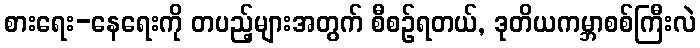
စားရေး-နေရေးကို တပည့်များအတွက် စီစဉ်ရတယ်, ဒုတိယကမ္ဘာစစ်ကြီးလဲ